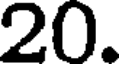
20.